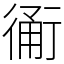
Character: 𧗴